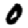
Digit: 0